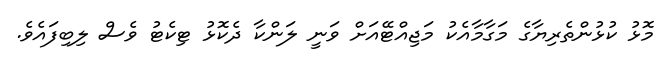
މޮޅު ކުޅުންތެރިޔާގެ މަގާމާއެކު މަޖިއްޓޭއަށް ވަނީ ލަންކާ ދެކޮޅު ޓިކެޓު ވެސް ލިބިފައެވެ.